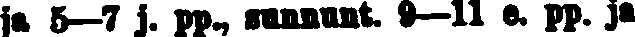
ja 5—7 j. pp., sunnunt. 9—ll e. pp. ja